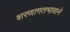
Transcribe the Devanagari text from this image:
शरणागतभावाने